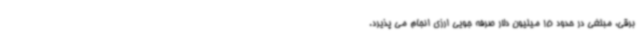
‌برقی، مبلغی در حدود 15 میلیون دلار صرفه جویی ارزی انجام می پذیرد.